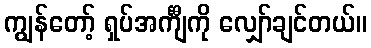
ကျွန်တော့် ရှပ်အင်္ကျီကို လျှော်ချင်တယ်။